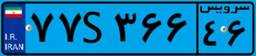
۲۷S۵۴۴۰۷